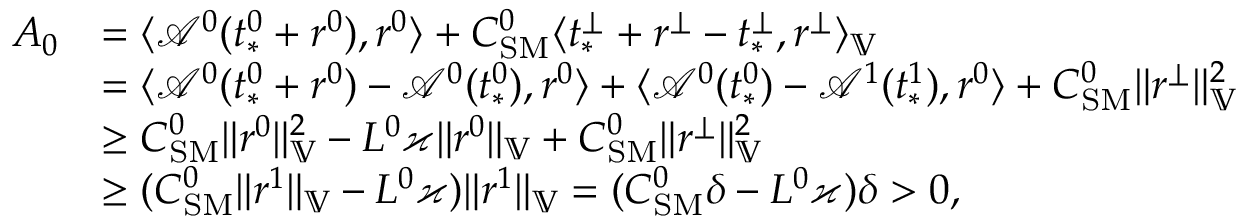
\begin{array} { r l } { A _ { 0 } } & { = \langle \mathcal { A } ^ { 0 } ( t _ { * } ^ { 0 } + r ^ { 0 } ) , r ^ { 0 } \rangle + C _ { \mathrm { S M } } ^ { 0 } \langle t _ { * } ^ { \perp } + r ^ { \perp } - t _ { * } ^ { \perp } , r ^ { \perp } \rangle _ { \mathbb { V } } } \\ & { = \langle \mathcal { A } ^ { 0 } ( t _ { * } ^ { 0 } + r ^ { 0 } ) - \mathcal { A } ^ { 0 } ( t _ { * } ^ { 0 } ) , r ^ { 0 } \rangle + \langle \mathcal { A } ^ { 0 } ( t _ { * } ^ { 0 } ) - \mathcal { A } ^ { 1 } ( t _ { * } ^ { 1 } ) , r ^ { 0 } \rangle + C _ { \mathrm { S M } } ^ { 0 } \| r ^ { \perp } \| _ { \mathbb { V } } ^ { 2 } } \\ & { \ge C _ { \mathrm { S M } } ^ { 0 } \| r ^ { 0 } \| _ { \mathbb { V } } ^ { 2 } - L ^ { 0 } \varkappa \| r ^ { 0 } \| _ { \mathbb { V } } + C _ { \mathrm { S M } } ^ { 0 } \| r ^ { \perp } \| _ { \mathbb { V } } ^ { 2 } } \\ & { \ge ( C _ { \mathrm { S M } } ^ { 0 } \| r ^ { 1 } \| _ { \mathbb { V } } - L ^ { 0 } \varkappa ) \| r ^ { 1 } \| _ { \mathbb { V } } = ( C _ { \mathrm { S M } } ^ { 0 } \delta - L ^ { 0 } \varkappa ) \delta > 0 , } \end{array}